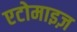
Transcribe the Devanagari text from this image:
एटोमाइज़